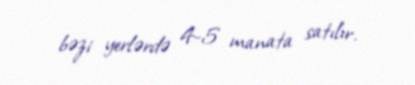
bəzi yerlərdə 4-5 manata satılır.